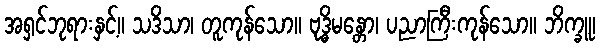
အရှင်ဘုရားနှင့်။ သဒိသာ၊ တူကုန်သော။ ဗုဒ္ဓိမန္တော၊ ပညာကြီးကုန်သော။ ဘိက္ခူ၊